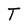
Character: T